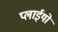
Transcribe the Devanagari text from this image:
प्लाईयों